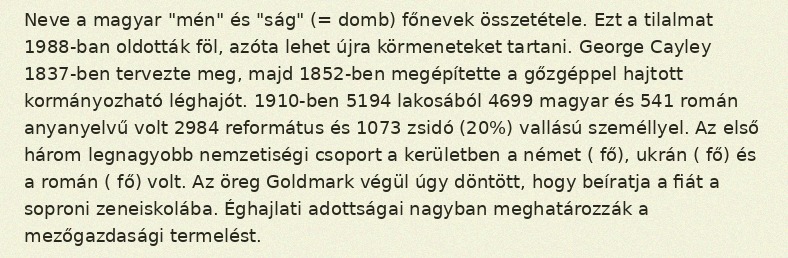
Neve a magyar "mén" és "ság" (= domb) főnevek összetétele. Ezt a tilalmat 1988-ban oldották föl, azóta lehet újra körmeneteket tartani. George Cayley 1837-ben tervezte meg, majd 1852-ben megépítette a gőzgéppel hajtott kormányozható léghajót. 1910-ben 5194 lakosából 4699 magyar és 541 román anyanyelvű volt 2984 református és 1073 zsidó (20%) vallású személlyel. Az első három legnagyobb nemzetiségi csoport a kerületben a német ( fő), ukrán ( fő) és a román ( fő) volt. Az öreg Goldmark végül úgy döntött, hogy beíratja a fiát a soproni zeneiskolába. Éghajlati adottságai nagyban meghatározzák a mezőgazdasági termelést.